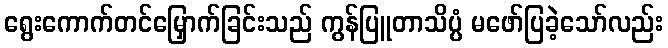
ရွေးကောက်တင်မြှောက်ခြင်းသည် ကွန်ပြူတာသိပ္ပံ မဖော်ပြခဲ့သော်လည်း